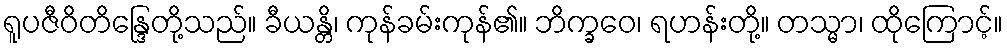
ရူပဇီဝိတိန္ဒြေတို့သည်။ ခီယန္တိ၊ ကုန်ခမ်းကုန်၏။ ဘိက္ခဝေ၊ ရဟန်းတို့။ တသ္မာ၊ ထိုကြောင့်။